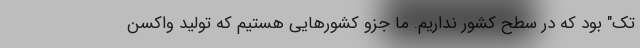
تک" بود که در سطح کشور نداریم. ما جزو کشورهایی هستیم که تولید واکسن